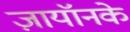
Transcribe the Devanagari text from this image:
ज़ायॉनके